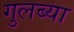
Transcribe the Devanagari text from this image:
गुलब्या